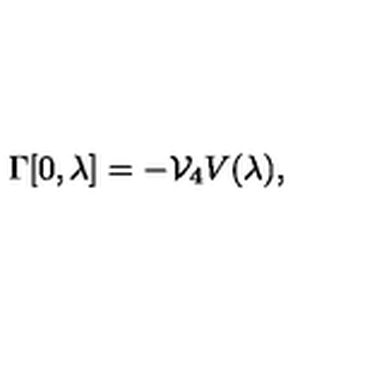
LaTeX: \Gamma [ 0 , \lambda ] = - { \cal V } _ { 4 } V ( \lambda ) ,